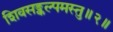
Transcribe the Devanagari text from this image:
शिवसङ्कल्पमस्तु॥२॥